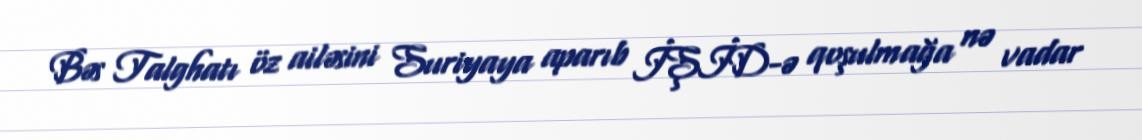
Bəs Talghatı öz ailəsini Suriyaya aparıb İŞİD-ə qoşulmağa nə vadar